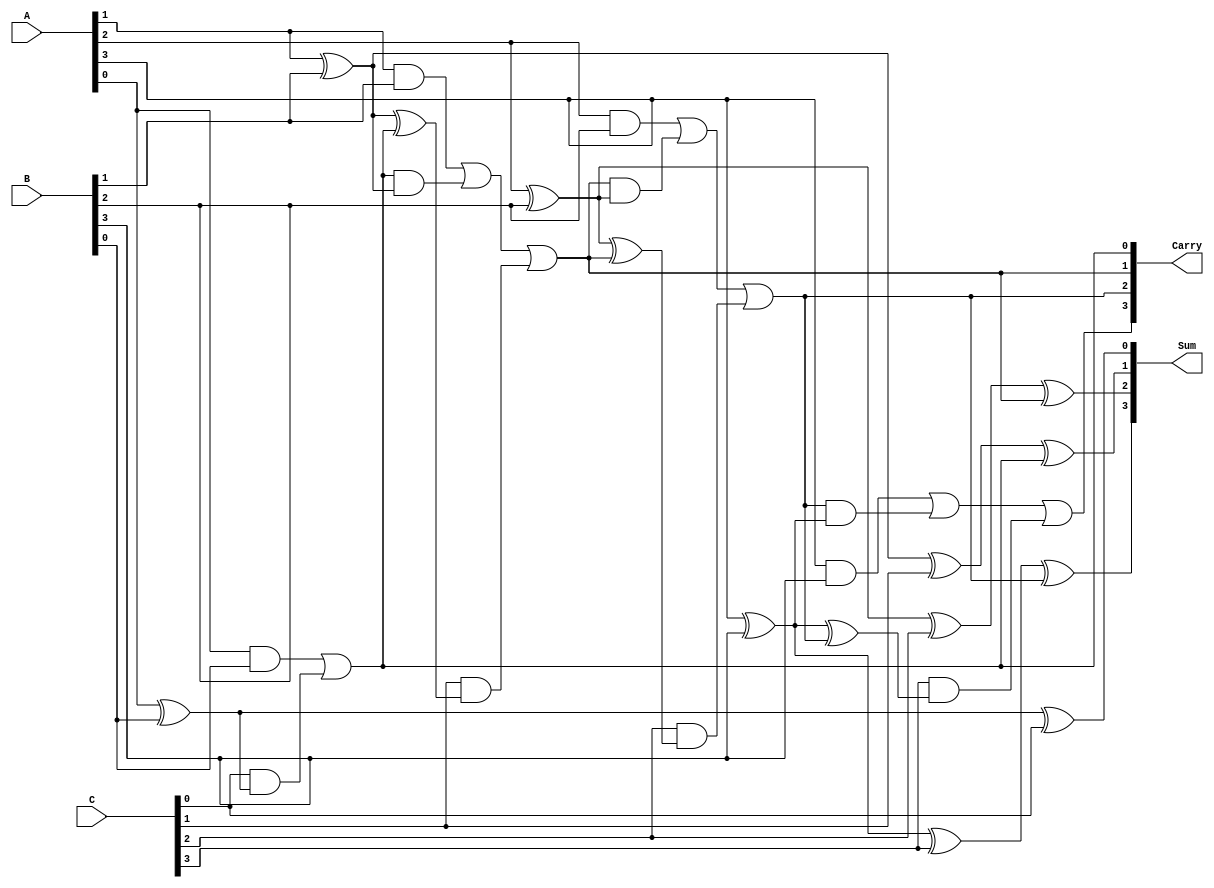
module carry_save_adder #(parameter n = 4) (
    input [n-1:0] A,     // First operand
    input [n-1:0] B,     // Second operand
    input [n-1:0] C,     // Third operand
    output [n-1:0] Sum,  // Sum output
    output [n-1:0] Carry // Carry output
);

    // Generate an array of carry and sum for each bit
    wire [n:0] carry;
    wire [n-1:0] sum;

    // The first carry is considered as 0
    assign carry[0] = 1'b0;

    // Full Adder logic for each bit
    genvar i;
    generate
        for (i = 0; i < n; i = i + 1) begin : fa
            assign sum[i] = A[i] ^ B[i] ^ C[i] ^ carry[i]; // Sum calculation
            assign carry[i + 1] = (A[i] & B[i]) | (carry[i] & (A[i] ^ B[i])) | (C[i] & (A[i] ^ B[i] ^ carry[i])); // Carry calculation
        end
    endgenerate

    // Assign outputs
    assign Sum = sum;
    assign Carry = carry[n:1]; // Carry bits from msb to lsb (excluding the first carry bit)

endmodule